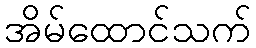
အိမ်ထောင်သက်